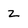
Character: Z